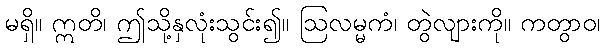
မရှိ။ ဣတိ၊ ဤသို့နှလုံးသွင်း၍။ ဩလမ္မကံ၊ တွဲလျားကို။ ကတွာဝ၊